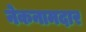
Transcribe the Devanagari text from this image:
नेकनामदार